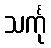
သင်္ကု